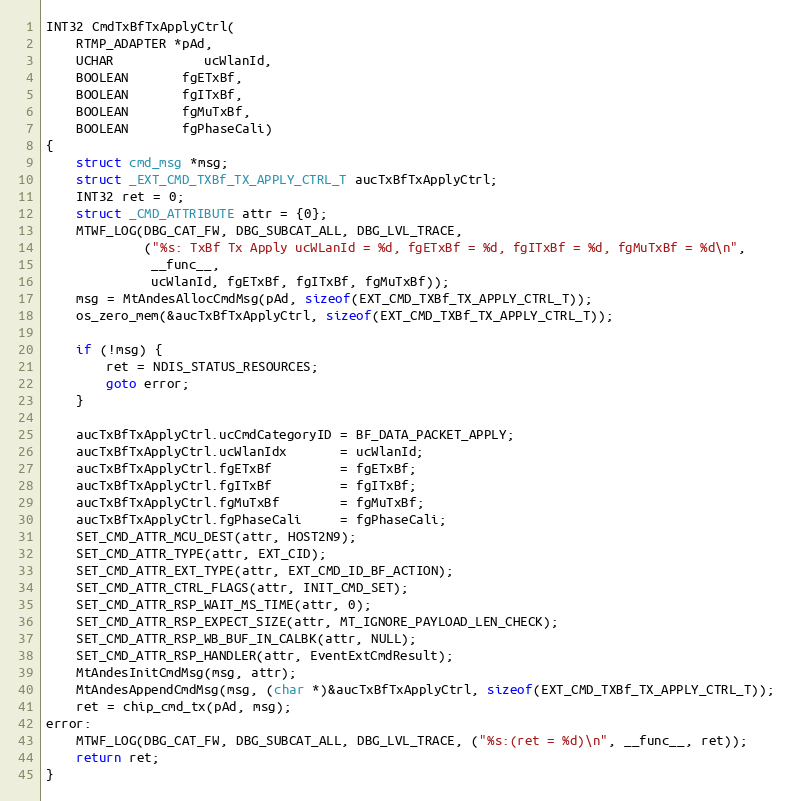
Language: C
INT32 CmdTxBfTxApplyCtrl(
	RTMP_ADAPTER *pAd,
	UCHAR			ucWlanId,
	BOOLEAN       fgETxBf,
	BOOLEAN       fgITxBf,
	BOOLEAN       fgMuTxBf,
	BOOLEAN       fgPhaseCali)
{
	struct cmd_msg *msg;
	struct _EXT_CMD_TXBf_TX_APPLY_CTRL_T aucTxBfTxApplyCtrl;
	INT32 ret = 0;
	struct _CMD_ATTRIBUTE attr = {0};
	MTWF_LOG(DBG_CAT_FW, DBG_SUBCAT_ALL, DBG_LVL_TRACE,
			 ("%s: TxBf Tx Apply ucWLanId = %d, fgETxBf = %d, fgITxBf = %d, fgMuTxBf = %d\n",
			  __func__,
			  ucWlanId, fgETxBf, fgITxBf, fgMuTxBf));
	msg = MtAndesAllocCmdMsg(pAd, sizeof(EXT_CMD_TXBf_TX_APPLY_CTRL_T));
	os_zero_mem(&aucTxBfTxApplyCtrl, sizeof(EXT_CMD_TXBf_TX_APPLY_CTRL_T));

	if (!msg) {
		ret = NDIS_STATUS_RESOURCES;
		goto error;
	}

	aucTxBfTxApplyCtrl.ucCmdCategoryID = BF_DATA_PACKET_APPLY;
	aucTxBfTxApplyCtrl.ucWlanIdx       = ucWlanId;
	aucTxBfTxApplyCtrl.fgETxBf         = fgETxBf;
	aucTxBfTxApplyCtrl.fgITxBf         = fgITxBf;
	aucTxBfTxApplyCtrl.fgMuTxBf        = fgMuTxBf;
	aucTxBfTxApplyCtrl.fgPhaseCali     = fgPhaseCali;
	SET_CMD_ATTR_MCU_DEST(attr, HOST2N9);
	SET_CMD_ATTR_TYPE(attr, EXT_CID);
	SET_CMD_ATTR_EXT_TYPE(attr, EXT_CMD_ID_BF_ACTION);
	SET_CMD_ATTR_CTRL_FLAGS(attr, INIT_CMD_SET);
	SET_CMD_ATTR_RSP_WAIT_MS_TIME(attr, 0);
	SET_CMD_ATTR_RSP_EXPECT_SIZE(attr, MT_IGNORE_PAYLOAD_LEN_CHECK);
	SET_CMD_ATTR_RSP_WB_BUF_IN_CALBK(attr, NULL);
	SET_CMD_ATTR_RSP_HANDLER(attr, EventExtCmdResult);
	MtAndesInitCmdMsg(msg, attr);
	MtAndesAppendCmdMsg(msg, (char *)&aucTxBfTxApplyCtrl, sizeof(EXT_CMD_TXBf_TX_APPLY_CTRL_T));
	ret = chip_cmd_tx(pAd, msg);
error:
	MTWF_LOG(DBG_CAT_FW, DBG_SUBCAT_ALL, DBG_LVL_TRACE, ("%s:(ret = %d)\n", __func__, ret));
	return ret;
}